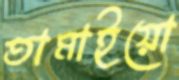
তামাইয়ো